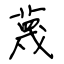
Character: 蔑